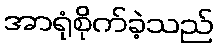
အာရုံစိုက်ခဲ့သည်